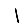
Digit: 1